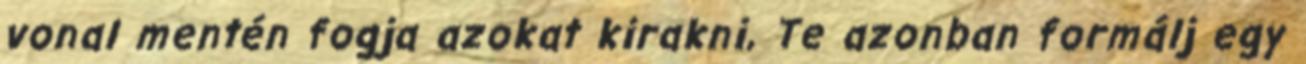
vonal mentén fogja azokat kirakni, Te azonban formálj egy